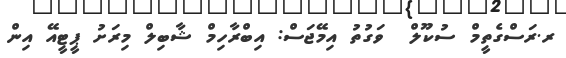
ރ.ރަސްގެތީމް ސުކޫލް  ވަގުތު އިމޭޖަސް: އިބްރާހިމް ޝާބިލް މިރަށު ޕީޓީއޭ އިން